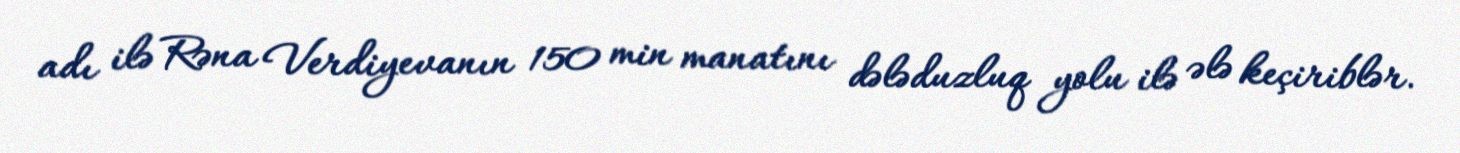
adı ilə Rəna Verdiyevanın 150 min manatını dələduzluq yolu ilə ələ keçiriblər.